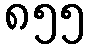
၈၅၅